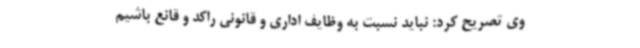
وی تصریح کرد: نباید نسبت به وظایف اداری و قانونی راکد و قانع باشیم